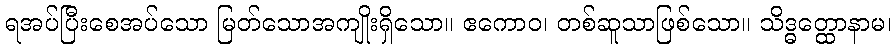
ရအပ်ပြီးစေအပ်သော မြတ်သောအကျိုးရှိသော။ ဧကောဝ၊ တစ်ဆူသာဖြစ်သော။ သိဒ္ဓတ္ထောနာမ၊